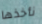
نأخذها